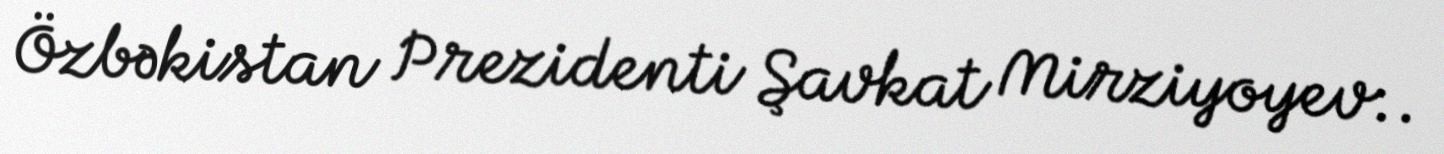
Özbəkistan Prezidenti Şavkat Mirziyoyev:.